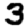
Digit: 3